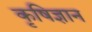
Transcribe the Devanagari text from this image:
कृषिज्ञान